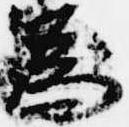
為